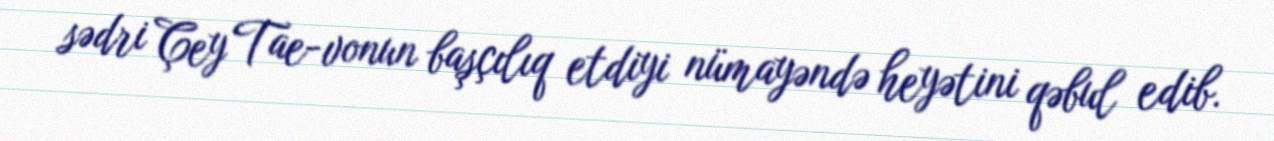
sədri Çey Tae-vonun başçılıq etdiyi nümayəndə heyətini qəbul edib.